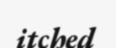
itched